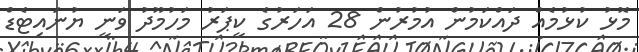
މޮޅު ކުޅުމެއް ދައްކަމުން އުމުރުން 28 އަހަރުގެ ކީޕަރު މަހުމޫދު ވަނީ ޔުނައިޓެޑް